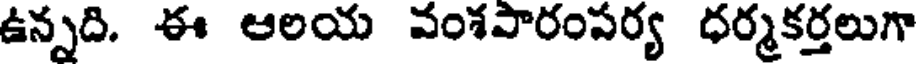
ఉన్నది. ఈ ఆలయ వంశపారంపర్య ధర్మకర్తలుగా